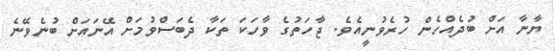
ޔާނާ އަށް ބުދެއްހެން ހުރެވުނީއެވެ. ޖާހަތުގެ ވާހަކަ ތަކާ ދެބަސްވުމަށް އޭނައަށް ބުނެވޭނެ